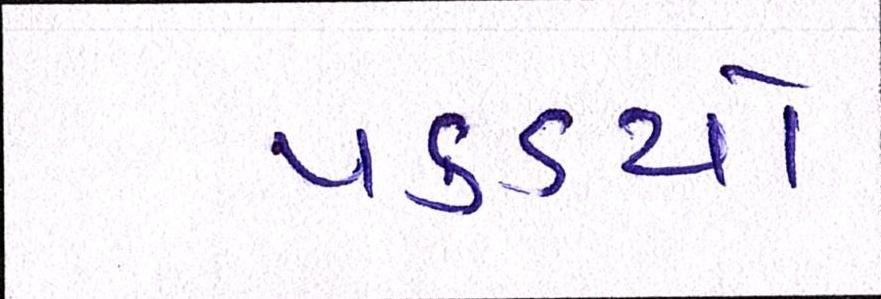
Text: પકડયો